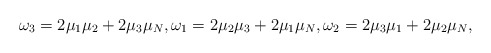
\begin{align*} \omega_3=2\mu_1\mu_2+2\mu_3\mu_N,\omega_1=2\mu_2\mu_3+2\mu_1\mu_N,\omega_2=2\mu_3\mu_1+2\mu_2\mu_N,\end{align*}